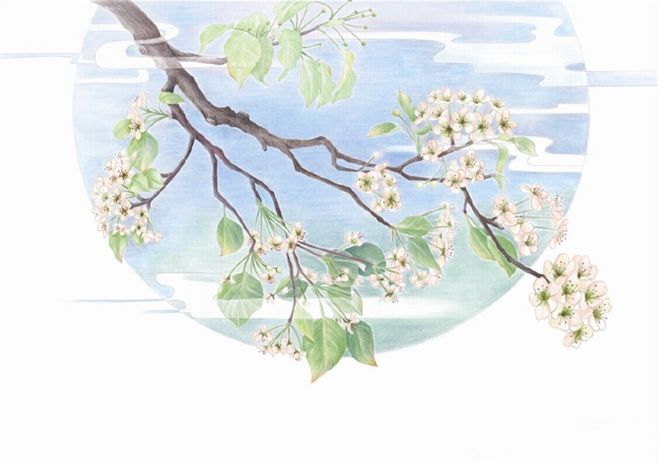
咸言上国繁华，岂谓帝城羁旅。